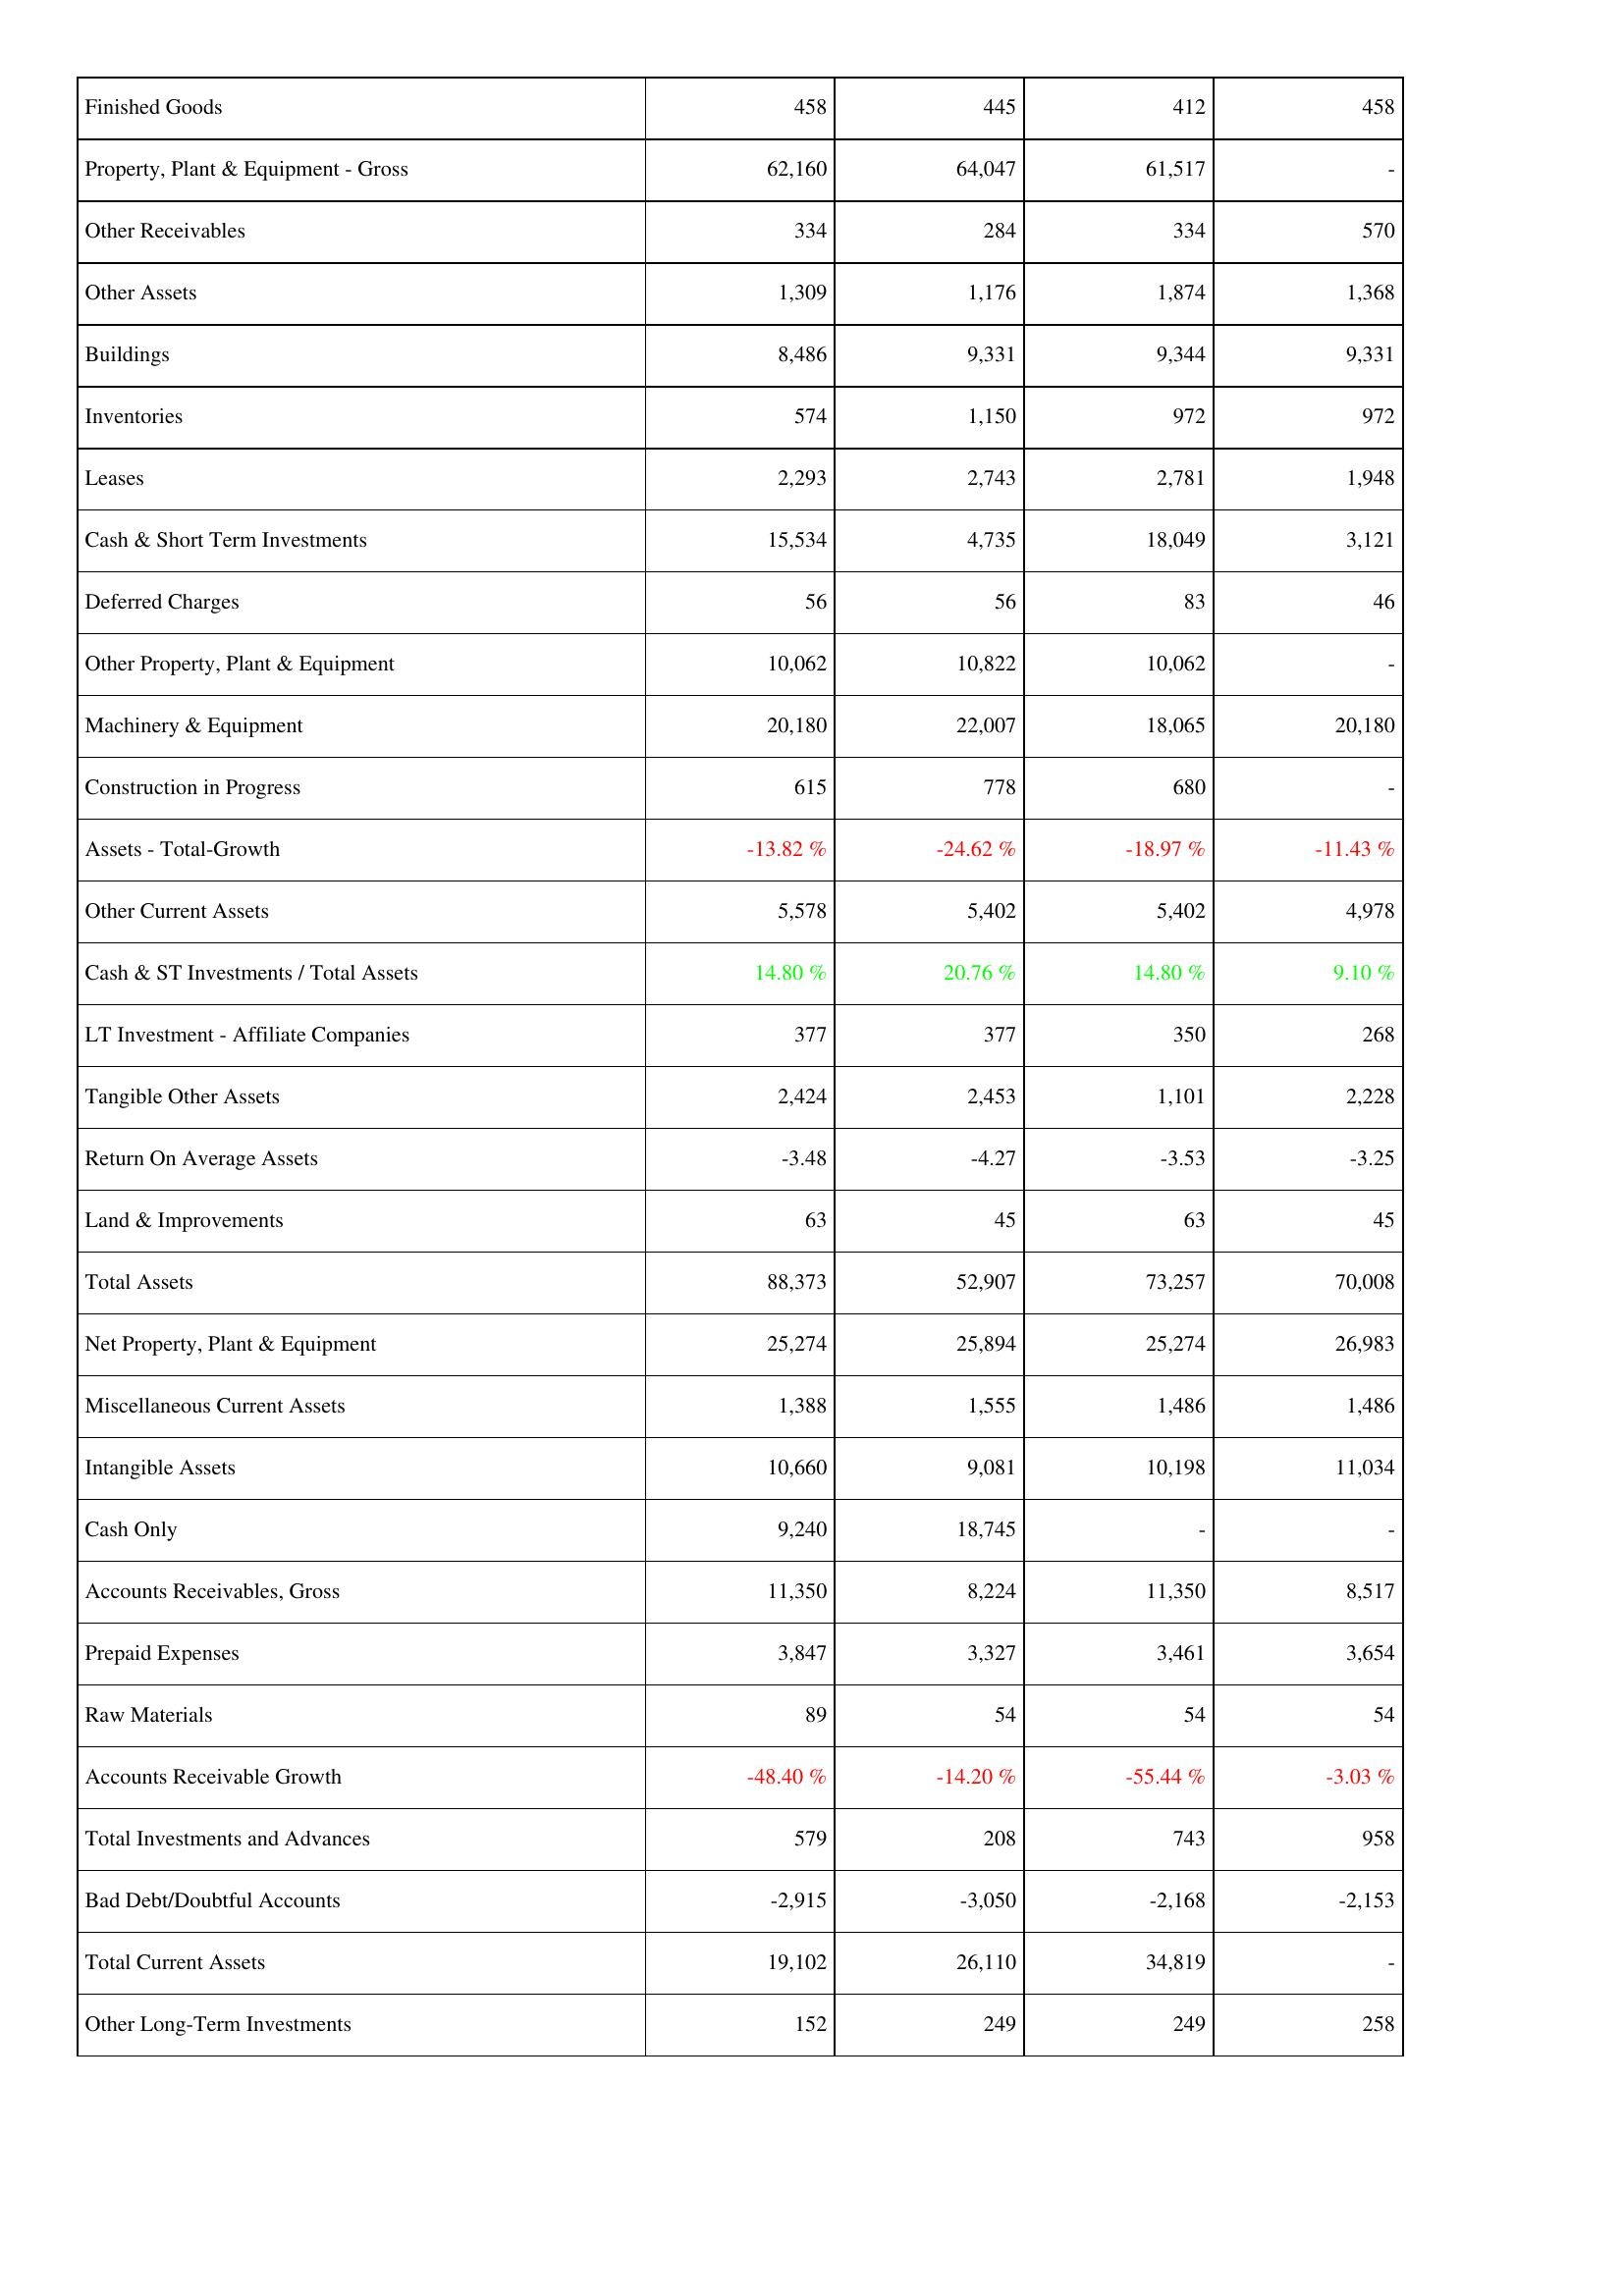
2011: Assets: Finished Goods: 458
Property, Plant & Equipment - Gross: 62,160
Other Receivables: 334
Other Assets: 1,309
Buildings: 8,486
Inventories: 574
Leases: 2,293
Cash & Short Term Investments: 15,534
Deferred Charges: 56
Other Property, Plant & Equipment: 10,062
Machinery & Equipment: 20,180
Construction in Progress: 615
Assets - Total-Growth: -13.82 %
Other Current Assets: 5,578
Cash & ST Investments / Total Assets: 14.80 %
LT Investment - Affiliate Companies: 377
Tangible Other Assets: 2,424
Return On Average Assets: -3.48
Land & Improvements: 63
Total Assets: 88,373
Net Property, Plant & Equipment: 25,274
Miscellaneous Current Assets: 1,388
Intangible Assets: 10,660
Cash Only: 9,240
Accounts Receivables, Gross: 11,350
Prepaid Expenses: 3,847
Raw Materials: 89
Accounts Receivable Growth: -48.40 %
Total Investments and Advances: 579
Bad Debt/Doubtful Accounts: -2,915
Total Current Assets: 19,102
Other Long-Term Investments: 152
2012: Assets: Finished Goods: 445
Property, Plant & Equipment - Gross: 64,047
Other Receivables: 284
Other Assets: 1,176
Buildings: 9,331
Inventories: 1,150
Leases: 2,743
Cash & Short Term Investments: 4,735
Deferred Charges: 56
Other Property, Plant & Equipment: 10,822
Machinery & Equipment: 22,007
Construction in Progress: 778
Assets - Total-Growth: -24.62 %
Other Current Assets: 5,402
Cash & ST Investments / Total Assets: 20.76 %
LT Investment - Affiliate Companies: 377
Tangible Other Assets: 2,453
Return On Average Assets: -4.27
Land & Improvements: 45
Total Assets: 52,907
Net Property, Plant & Equipment: 25,894
Miscellaneous Current Assets: 1,555
Intangible Assets: 9,081
Cash Only: 18,745
Accounts Receivables, Gross: 8,224
Prepaid Expenses: 3,327
Raw Materials: 54
Accounts Receivable Growth: -14.20 %
Total Investments and Advances: 208
Bad Debt/Doubtful Accounts: -3,050
Total Current Assets: 26,110
Other Long-Term Investments: 249
2013: Assets: Finished Goods: 412
Property, Plant & Equipment - Gross: 61,517
Other Receivables: 334
Other Assets: 1,874
Buildings: 9,344
Inventories: 972
Leases: 2,781
Cash & Short Term Investments: 18,049
Deferred Charges: 83
Other Property, Plant & Equipment: 10,062
Machinery & Equipment: 18,065
Construction in Progress: 680
Assets - Total-Growth: -18.97 %
Other Current Assets: 5,402
Cash & ST Investments / Total Assets: 14.80 %
LT Investment - Affiliate Companies: 350
Tangible Other Assets: 1,101
Return On Average Assets: -3.53
Land & Improvements: 63
Total Assets: 73,257
Net Property, Plant & Equipment: 25,274
Miscellaneous Current Assets: 1,486
Intangible Assets: 10,198
Cash Only: -
Accounts Receivables, Gross: 11,350
Prepaid Expenses: 3,461
Raw Materials: 54
Accounts Receivable Growth: -55.44 %
Total Investments and Advances: 743
Bad Debt/Doubtful Accounts: -2,168
Total Current Assets: 34,819
Other Long-Term Investments: 249
2014: Assets: Finished Goods: 458
Property, Plant & Equipment - Gross: -
Other Receivables: 570
Other Assets: 1,368
Buildings: 9,331
Inventories: 972
Leases: 1,948
Cash & Short Term Investments: 3,121
Deferred Charges: 46
Other Property, Plant & Equipment: -
Machinery & Equipment: 20,180
Construction in Progress: -
Assets - Total-Growth: -11.43 %
Other Current Assets: 4,978
Cash & ST Investments / Total Assets: 9.10 %
LT Investment - Affiliate Companies: 268
Tangible Other Assets: 2,228
Return On Average Assets: -3.25
Land & Improvements: 45
Total Assets: 70,008
Net Property, Plant & Equipment: 26,983
Miscellaneous Current Assets: 1,486
Intangible Assets: 11,034
Cash Only: -
Accounts Receivables, Gross: 8,517
Prepaid Expenses: 3,654
Raw Materials: 54
Accounts Receivable Growth: -3.03 %
Total Investments and Advances: 958
Bad Debt/Doubtful Accounts: -2,153
Total Current Assets: -
Other Long-Term Investments: 258